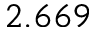
2 . 6 6 9